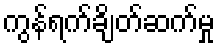
ကွန်ရက်ချိတ်ဆက်မှု